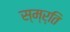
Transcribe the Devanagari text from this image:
स्म्र्ति